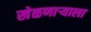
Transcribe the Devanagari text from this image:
खेळणाऱ्याला